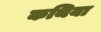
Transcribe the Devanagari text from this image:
कथिया